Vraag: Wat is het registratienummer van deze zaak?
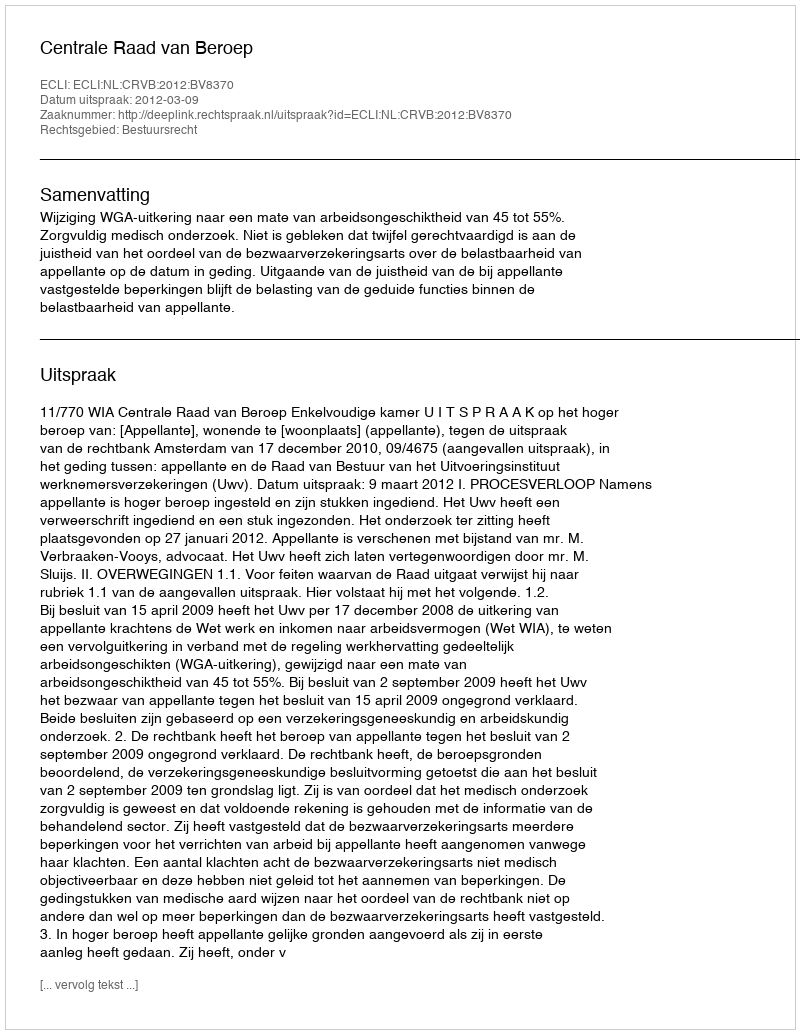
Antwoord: http://deeplink.rechtspraak.nl/uitspraak?id=ECLI:NL:CRVB:2012:BV8370